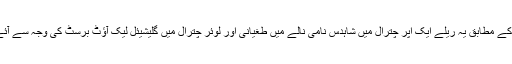
حکام کے مطابق یہ ریلے ایک اپر چترال میں شاہدس نامی نالے میں طغیانی اور لوئر چترال میں گلیشیئل لیک آؤٹ برسٹ کی وجہ سے آئے ہیں۔